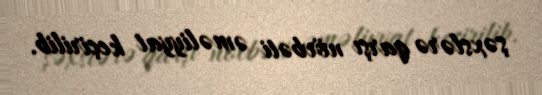
şəxslərə qarşı növbəti əməliyyat keçirilib.